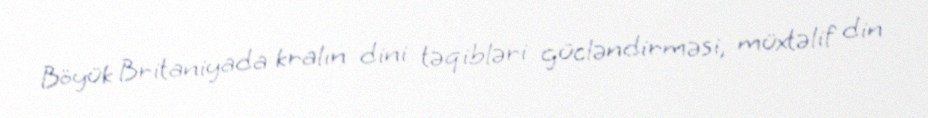
Böyük Britaniyada kralın dini təqibləri gücləndirməsi, müxtəlif din